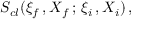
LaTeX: \: S _ { c l } ( \xi _ { f } \, , X _ { f } \, ; \, \xi _ { i } \, , X _ { i } ) \, , \: